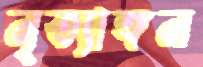
নৃত্যাঙ্গন